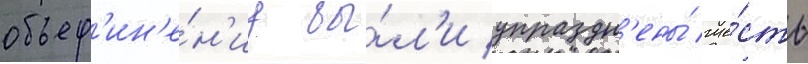
объед'ин'е́н'иу бы́л'и упраздн'ены́ ше́сть